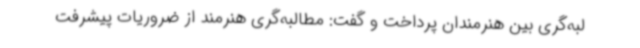
لبه‌گری بین هنرمندان پرداخت و گفت: مطالبه‌گری هنرمند از ضروریات پیشرفت